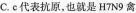
C.c代表抗原，也就是H7N9禽